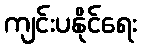
ကျင်းပနိုင်ရေး